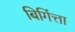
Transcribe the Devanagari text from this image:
बिगिंत्ता